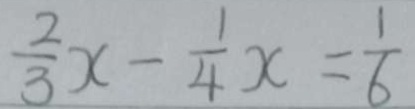
\frac { 2 } { 3 } x - \frac { 1 } { 4 } x = \frac { 1 } { 6 }